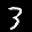
Label: 3